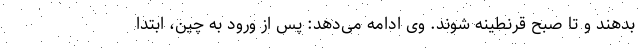
بدهند و تا صبح قرنطینه شوند. وی ادامه می‌دهد: پس از ورود به چین، ابتدا